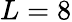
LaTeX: L=8